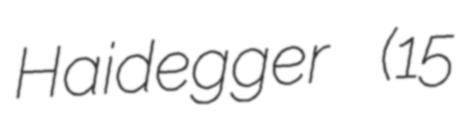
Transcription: Haidegger (15